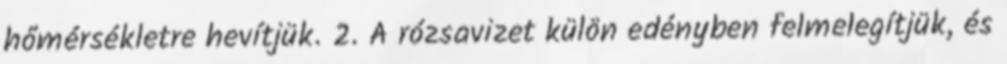
hőmérsékletre hevítjük. 2. A rózsavizet külön edényben felmelegítjük, és